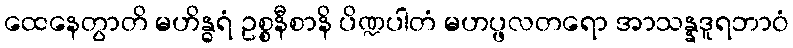
ထေနေတွာတိ မဟိန္ဓရံ ဥစ္စနီစာနိ ပိဏ္ဍပါတံ မဟပ္ဖလတရော အာသန္နဒူရဘာဝံ